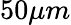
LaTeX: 50\mu m